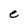
Character: e